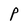
Character: P